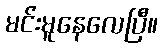
မင်းမူနေလေပြီ။